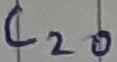
Text: C20